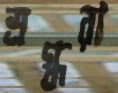
স্রগ্ধরা